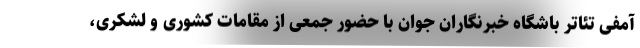
آمفی تئاتر باشگاه خبرنگاران جوان با حضور جمعی از مقامات کشوری و لشکری،